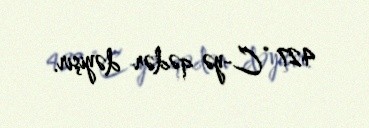
427 °C-yə qədər dəyişir.